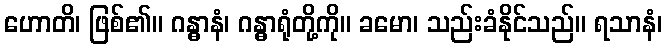
ဟောတိ၊ ဖြစ်၏။ ဂန္ဓာနံ၊ ဂန္ဓာရုံတို့ကို။ ခမော၊ သည်းခံနိုင်သည်။ ရသာနံ၊